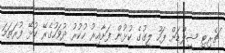
ޗެރިޓީ ޝީލްޑަށް ފަހު ލީގުގެ ކުޅުން ފަށާއިރު ހުކުރު ދުވަހުގެރޭ ކުޅޭ ފުރަތަމަ